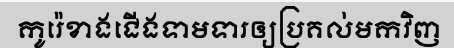
កូរ៉េខាងជើងទាមទារឲ្យប្រគល់មកវិញ